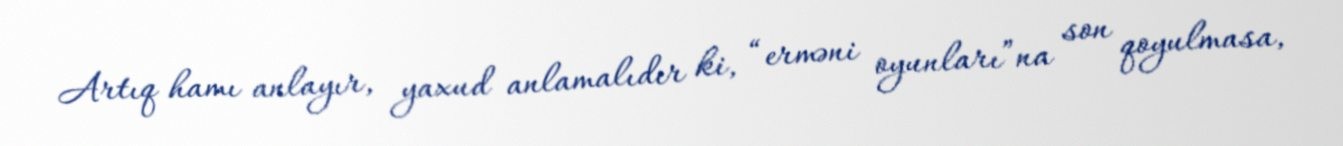
Artıq hamı anlayır, yaxud anlamalıdır ki, “erməni oyunları”na son qoyulmasa,